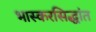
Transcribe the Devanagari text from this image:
भास्करसिद्धांत